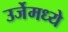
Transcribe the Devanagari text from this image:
उर्जेमध्ये